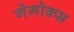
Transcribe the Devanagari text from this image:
गेमोक्स